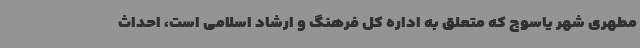
مطهری شهر یاسوج که متعلق به اداره کل فرهنگ و ارشاد اسلامی است، احداث